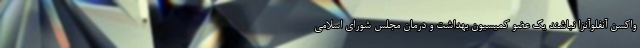
واکسن آنفلوآنزا نباشند یک عضو کمیسیون بهداشت و درمان مجلس شورای اسلامی